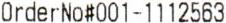
ORDERNO#001-1112563